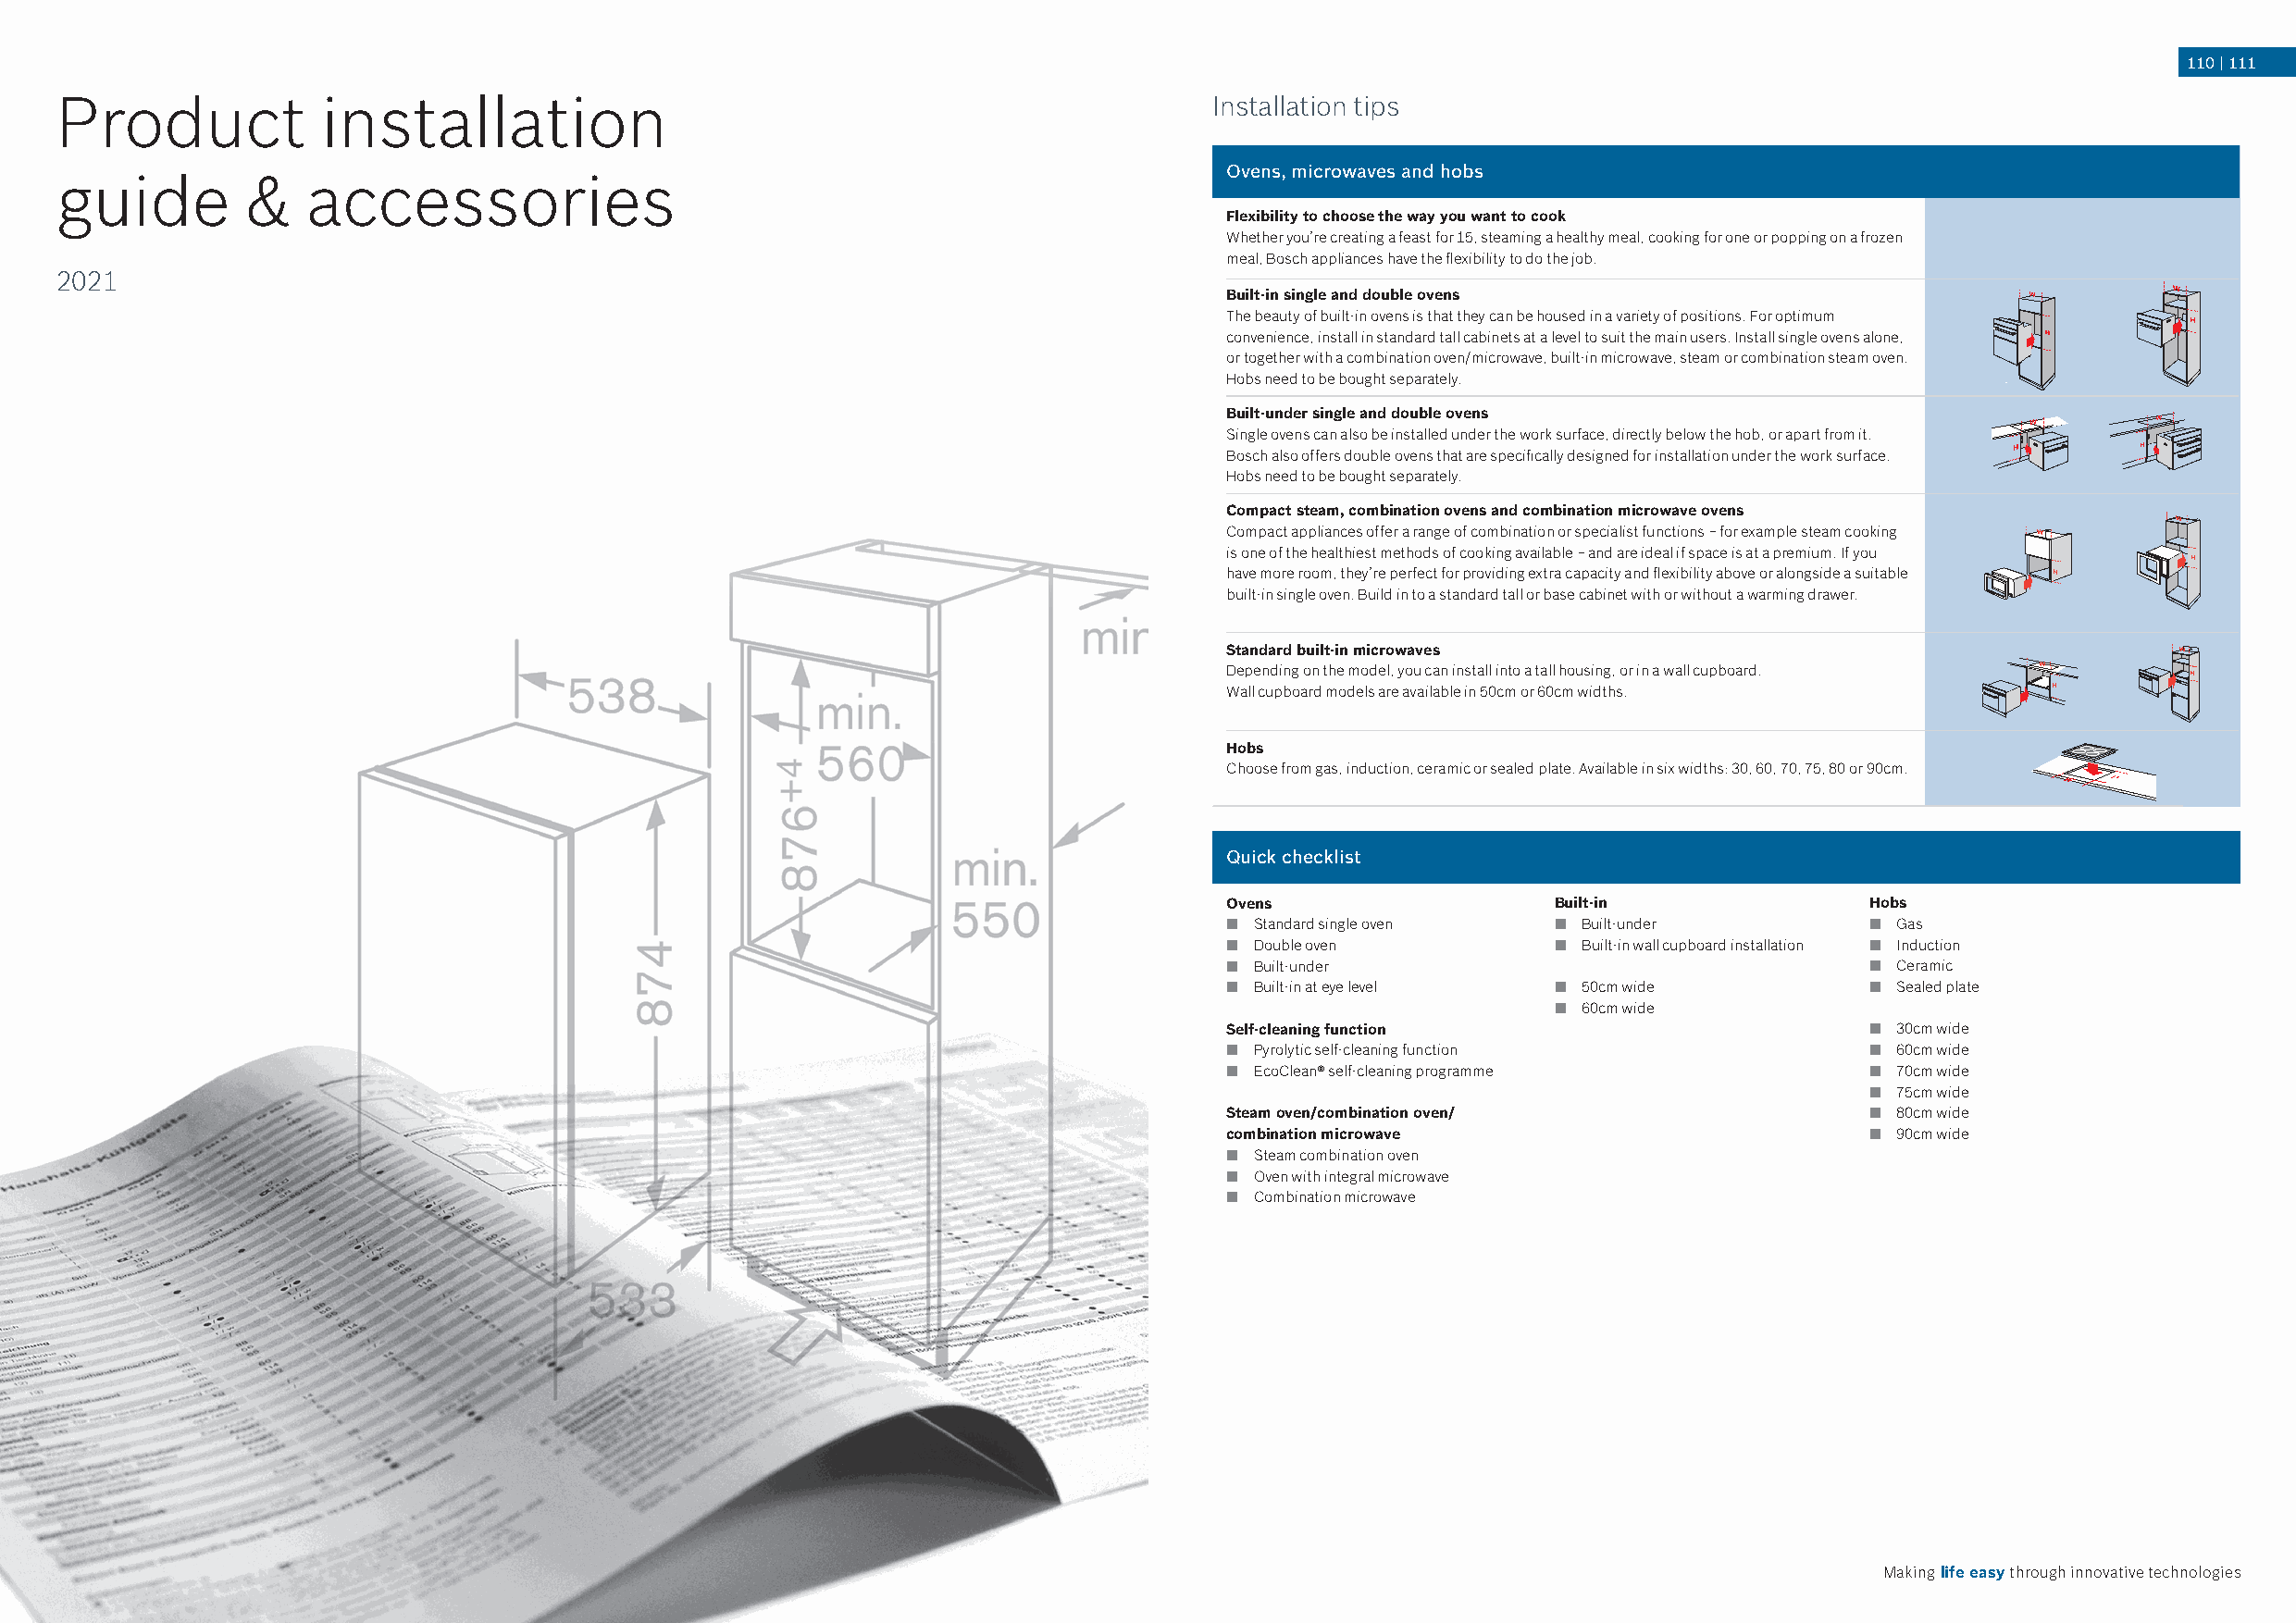
110100 | | 110111
 Product            installation                                                   Installation tips
 Ovens, microwaves and hobs
 guide        &    accessories
 Flexibility to choose the way you want to cook
 Whether you’re creating a feast for 15, steaming a healthy meal, cooking for one or popping on a frozen
 meal, Bosch appliances have the flexibility to do the job.
 2021
 Built-in single and double ovens
 The beauty of built-in ovens is that they can be housed in a variety of positions. For optimum
 convenience, install in standard tall cabinets at a level to suit the main users. Install single ovens alone,
 or together with a combination oven/microwave, built-in microwave, steam or combination steam oven.
 Hobs need to be bought separately.
 Built-under single and double ovens
 Single ovens can also be installed under the work surface, directly below the hob, or apart from it.
 Bosch also offers double ovens that are specifically designed for installation under the work surface.
 Hobs need to be bought separately.
 Compact steam, combination ovens and combination microwave ovens
 Compact appliances offer a range of combination or specialist functions – for example steam cooking
 is one of the healthiest methods of cooking available – and are ideal if space is at a premium. If you
 have more room, they’re perfect for providing extra capacity and flexibility above or alongside a suitable
 built-in single oven. Build in to a standard tall or base cabinet with or without a warming drawer.
 Standard built-in microwaves
 Depending on the model, you can install into a tall housing, or in a wall cupboard.
 Wall cupboard models are available in 50cm or 60cm widths.
 Hobs
 Choose from gas, induction, ceramic or sealed plate. Available in six widths: 30, 60, 70, 75, 80 or 90cm.
 Quick checklist
 Ovens                   Built-in              Hobs
 n Standard single oven  n Built-under         n Gas
 n Double oven           n Built-in wall cupboard installation n Induction
 n Built-under                                 n Ceramic
 n Built-in at eye level n 50cm wide           n Sealed plate
 n 60cm wide
 Self-cleaning function                        n 30cm wide
 n Pyrolytic self-cleaning function            n 60cm wide
 n EcoClean® self-cleaning programme           n 70cm wide
 n 75cm wide
 Steam oven/combination oven/                  n 80cm wide
 combination microwave                         n 90cm wide
 n Steam combination oven
 n Oven with integral microwave
 n Combination microwave
 Explore more at www.bosch-home.co.uk                                                                                              Making life easy through innovative technologies
 Bosch_BI_2021_9_CT055_Install Guide.indd All Pages                                                                                                        09/03/2021 15:54